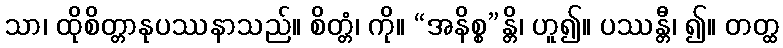
သာ၊ ထိုစိတ္တာနုပဿနာသည်။ စိတ္တံ၊ ကို။ “အနိစ္စ”န္တိ၊ ဟူ၍။ ပဿန္တီ၊ ၍။ တတ္ထ